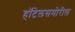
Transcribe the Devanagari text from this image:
हॉटेलसमोरील